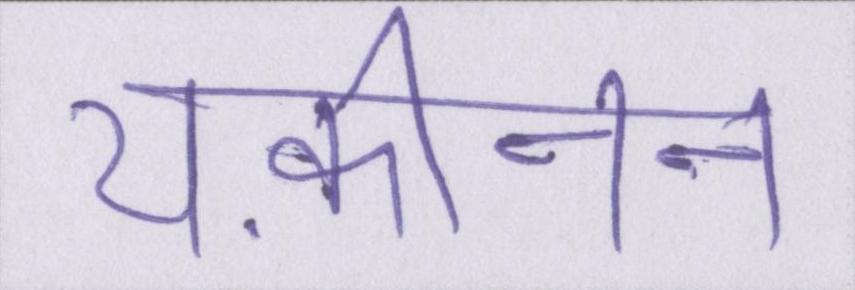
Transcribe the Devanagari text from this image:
यक़ीनन